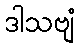
ဒါသဗျံ